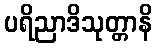
ပရိညာဒိသုတ္တာနိ